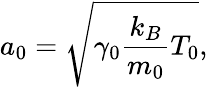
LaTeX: a_{0}=\sqrt{\gamma_{0}\frac{k_{B}}{m_{0}}T_{0}},